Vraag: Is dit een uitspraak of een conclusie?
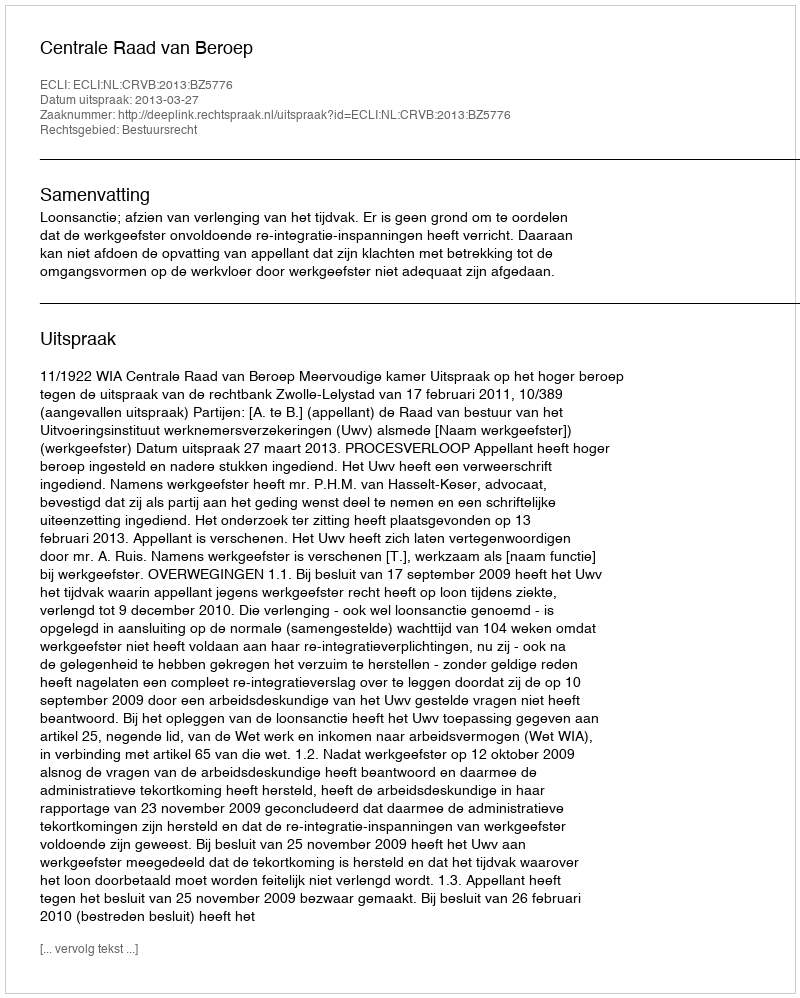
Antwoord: Uitspraak